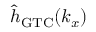
{ \hat { h } } _ { \mathrm { G T C } } ( k _ { x } )